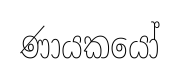
ණායකයෝ